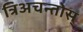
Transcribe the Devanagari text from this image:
त्रिअचन्तोस्